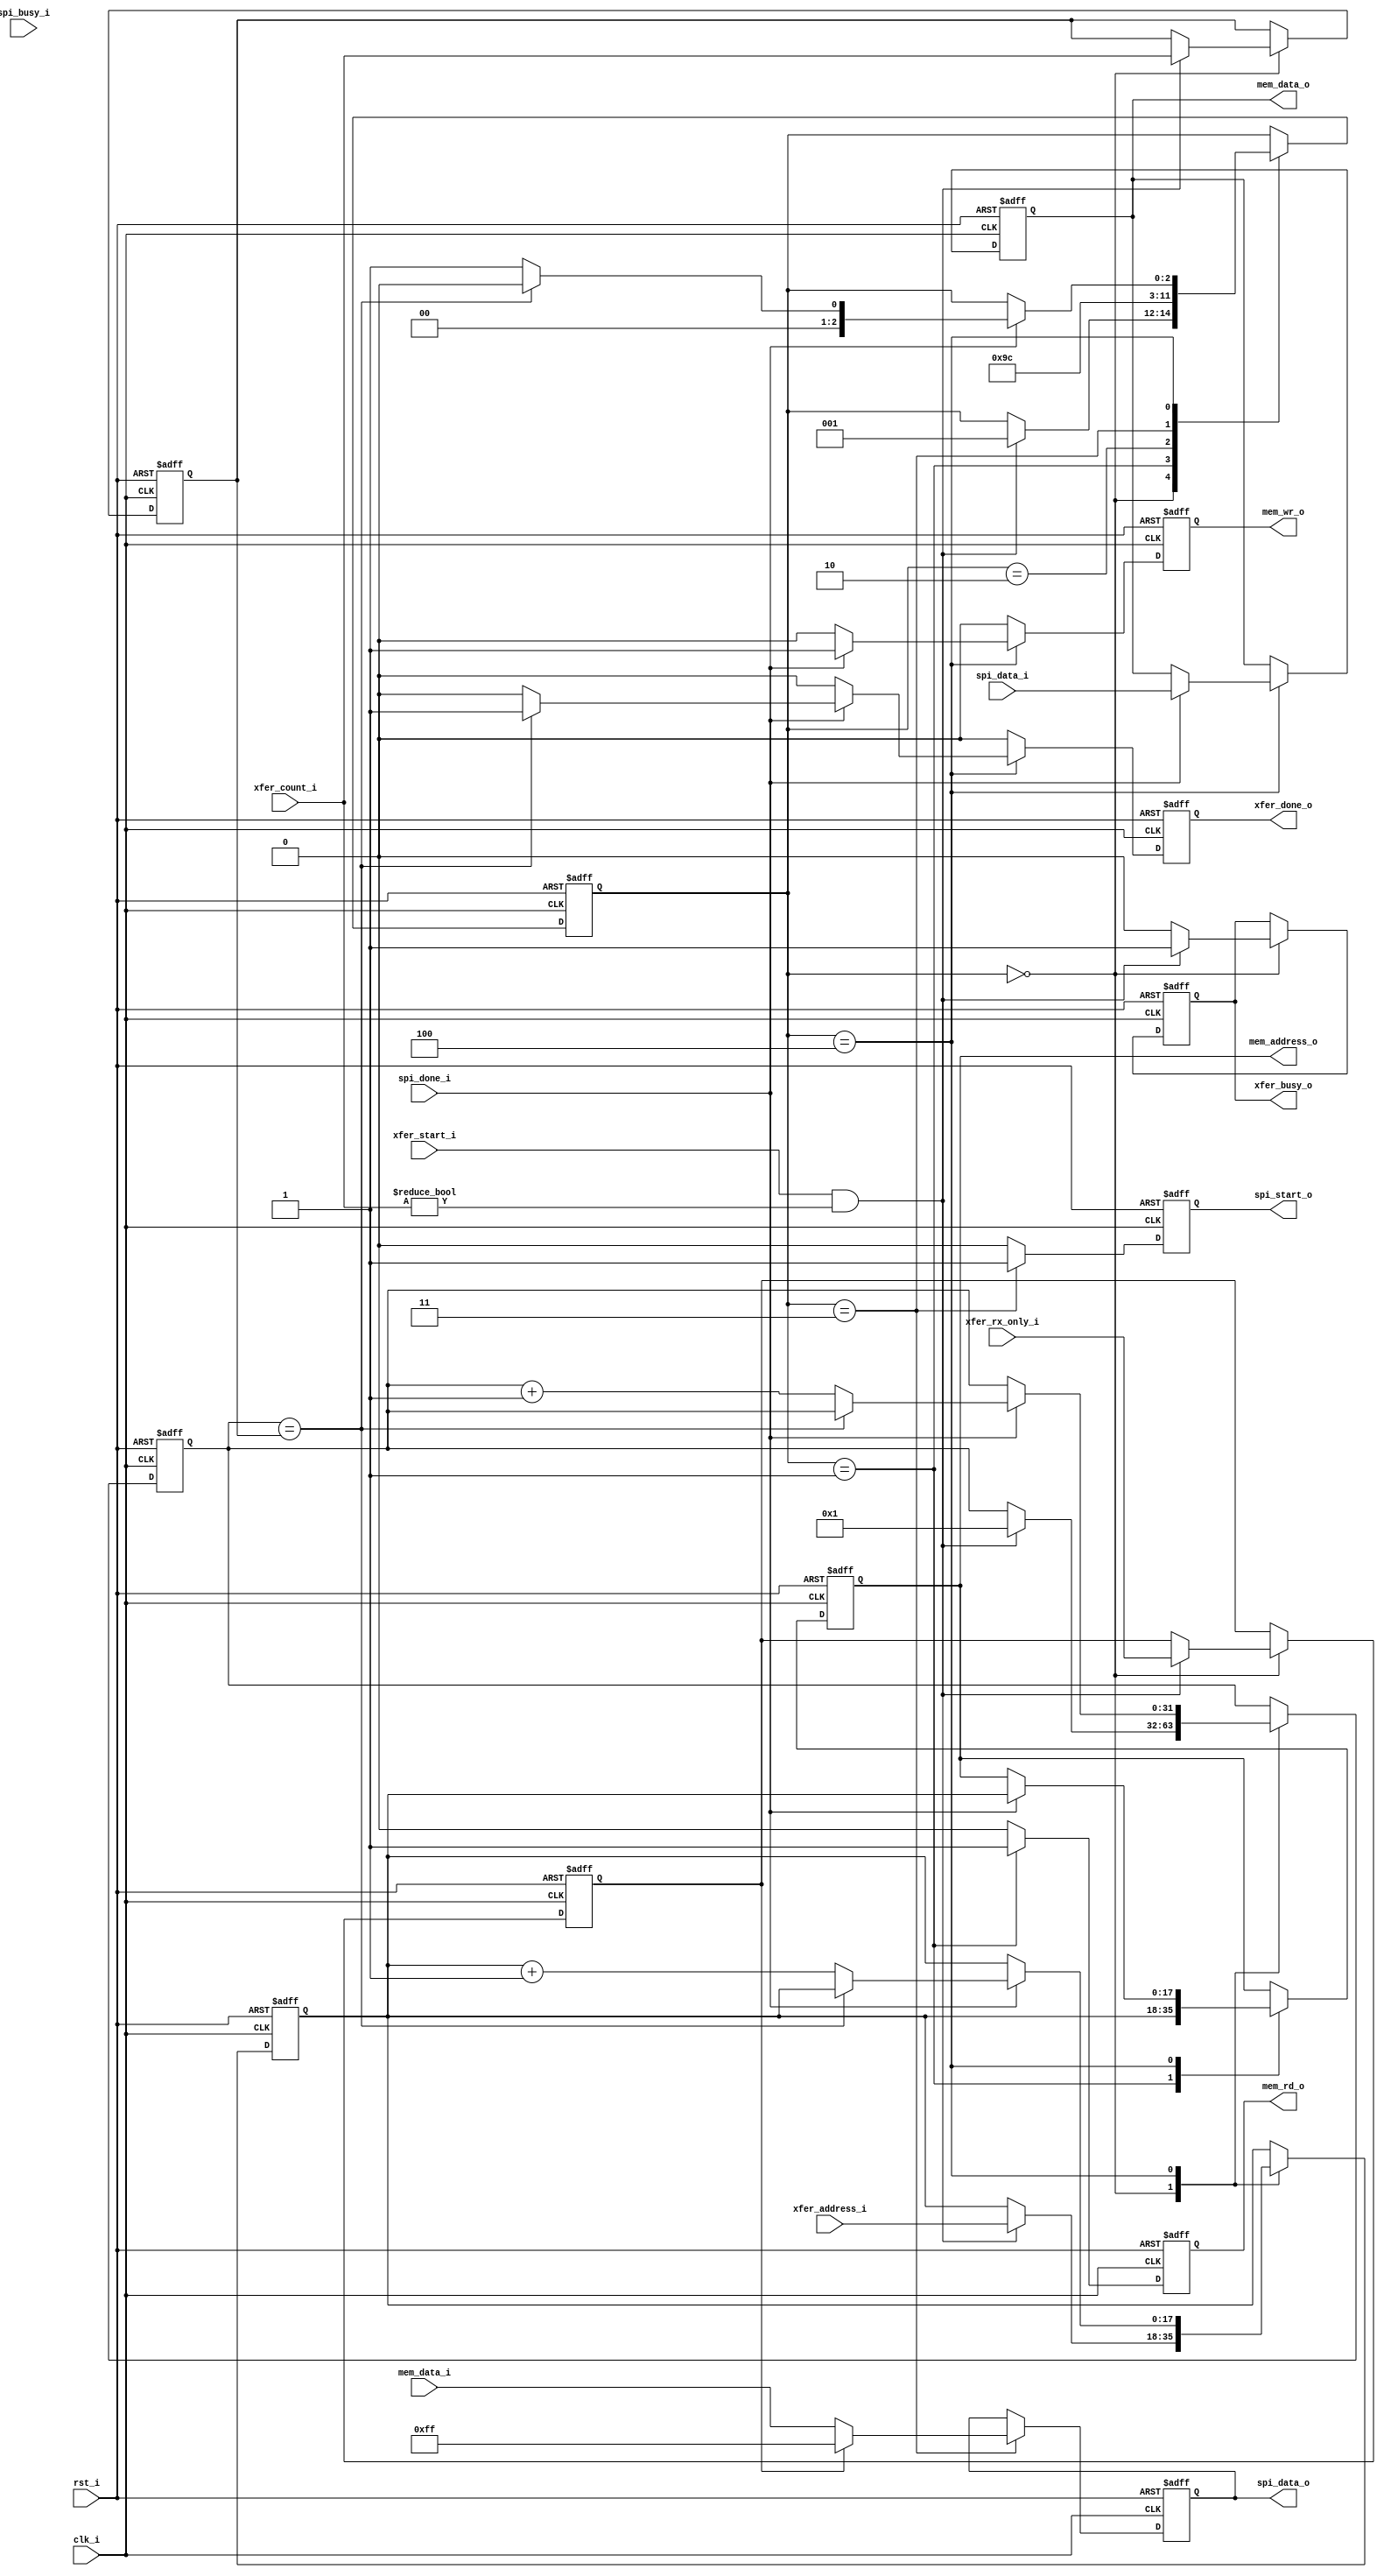
module spi_ctrl_1 
( 
    clk_i, 
    rst_i, 
    mem_address_o, 
    mem_data_o, 
    mem_data_i, 
    mem_rd_o, 
    mem_wr_o, 
    spi_start_o, 
    spi_done_i, 
    spi_busy_i, 
    spi_data_i, 
    spi_data_o, 
    xfer_count_i, 
    xfer_address_i, 
    xfer_start_i, 
    xfer_rx_only_i, 
    xfer_done_o, 
    xfer_busy_o 
);
parameter  [31:0]               MEM_ADDR_WIDTH = 18;
parameter  [31:0]               XFER_COUNT_WIDTH = 32;
parameter  [31:0]               TRANSFER_WIDTH = 8;
input                           clk_i ;
input                           rst_i ;
output [(MEM_ADDR_WIDTH - 1):0] mem_address_o ;
output [(TRANSFER_WIDTH - 1):0] mem_data_o ;
input [(TRANSFER_WIDTH - 1):0]  mem_data_i ;
output                          mem_rd_o ;
output                          mem_wr_o ;
output                          spi_start_o ;
input                           spi_done_i ;
input                           spi_busy_i ;
input [(TRANSFER_WIDTH - 1):0]  spi_data_i ;
output [(TRANSFER_WIDTH - 1):0] spi_data_o ;
input [(XFER_COUNT_WIDTH - 1):0]xfer_count_i ;
input [(MEM_ADDR_WIDTH - 1):0]  xfer_address_i ;
input                           xfer_start_i ;
input                           xfer_rx_only_i ;
output                          xfer_done_o ;
output                          xfer_busy_o ;
parameter                        STATE_IDLE = 3'd0;
parameter                        STATE_READ = 3'd1;
parameter                        STATE_READWAIT = 3'd2;
parameter                        STATE_XFER = 3'd3;
parameter                        STATE_WRITE = 3'd4;
reg [2:0]                       reg_state;
reg [(XFER_COUNT_WIDTH - 1):0]  reg_count;
reg [(XFER_COUNT_WIDTH - 1):0]  reg_current;
reg [(MEM_ADDR_WIDTH - 1):0]    reg_address;
reg                             reg_rx_only;
reg [(MEM_ADDR_WIDTH - 1):0]    mem_address_o;
reg [(TRANSFER_WIDTH - 1):0]    mem_data_o;
reg                             mem_rd_o;
reg                             mem_wr_o;
reg                             spi_start_o;
reg [(TRANSFER_WIDTH - 1):0]    spi_data_o;
reg                             xfer_done_o;
reg                             xfer_busy_o;
always @ (posedge clk_i or posedge rst_i)
begin 
    if (rst_i == 1'b1) 
    begin 
        mem_rd_o        <= 1'b0;
        mem_wr_o        <= 1'b0;
        mem_address_o   <= {(MEM_ADDR_WIDTH - 0){1'b0}};
        mem_data_o      <= {(TRANSFER_WIDTH - 0){1'b0}};
        xfer_done_o     <= 1'b0;
        xfer_busy_o     <= 1'b0;
        spi_start_o     <= 1'b0;
        spi_data_o      <= {(TRANSFER_WIDTH - 0){1'b0}};
        reg_count       <= {(XFER_COUNT_WIDTH - 0){1'b0}};
        reg_current     <= {(XFER_COUNT_WIDTH - 0){1'b0}};
        reg_address     <= {(MEM_ADDR_WIDTH - 0){1'b0}};
        reg_rx_only     <= 1'b0;
        reg_state       <= STATE_IDLE;
    end
   else 
   begin 
       xfer_done_o      <= 1'b0;
       spi_start_o      <= 1'b0;
       mem_rd_o         <= 1'b0;
       mem_wr_o         <= 1'b0;
       case (reg_state)
       STATE_IDLE : 
       begin
           if ((xfer_start_i == 1'b1) & (xfer_count_i != 0))
           begin 
               xfer_busy_o  <= 1'b1;
               reg_count    <= xfer_count_i;
               reg_current  <= 32'h00000001;
               reg_address  <= xfer_address_i;
               reg_rx_only  <= xfer_rx_only_i;
               reg_state    <= STATE_READ;
           end
           else 
                xfer_busy_o <= 1'b0;
       end
       STATE_READ : 
       begin 
           mem_address_o <= reg_address;
           mem_rd_o      <= 1'b1;
           reg_state     <= STATE_READWAIT;
       end
       STATE_READWAIT : 
            reg_state <= STATE_XFER;
       STATE_XFER : 
       begin 
           if (reg_rx_only == 1'b0)
                spi_data_o <= mem_data_i;
           else 
                spi_data_o <= {((TRANSFER_WIDTH - 1)-0+1- 0){1'b1}};
           spi_start_o <= 1'b1;
           reg_state <= STATE_WRITE;
       end
       STATE_WRITE : 
       begin
           if (spi_done_i == 1'b1) 
           begin 
               mem_address_o <= reg_address;
               mem_data_o <= spi_data_i;
               mem_wr_o <= 1'b1;
               if (reg_current == reg_count)
                   begin 
                       xfer_done_o <= 1'b1;
                       reg_state <= STATE_IDLE;
                   end
               else 
                   begin 
                       reg_address <= (reg_address + 1'b1);
                       reg_current <= (reg_current + 1'b1);
                       reg_state <= STATE_READ;
                   end
           end
       end
       default : 
            ;
       endcase
   end
end
endmodule